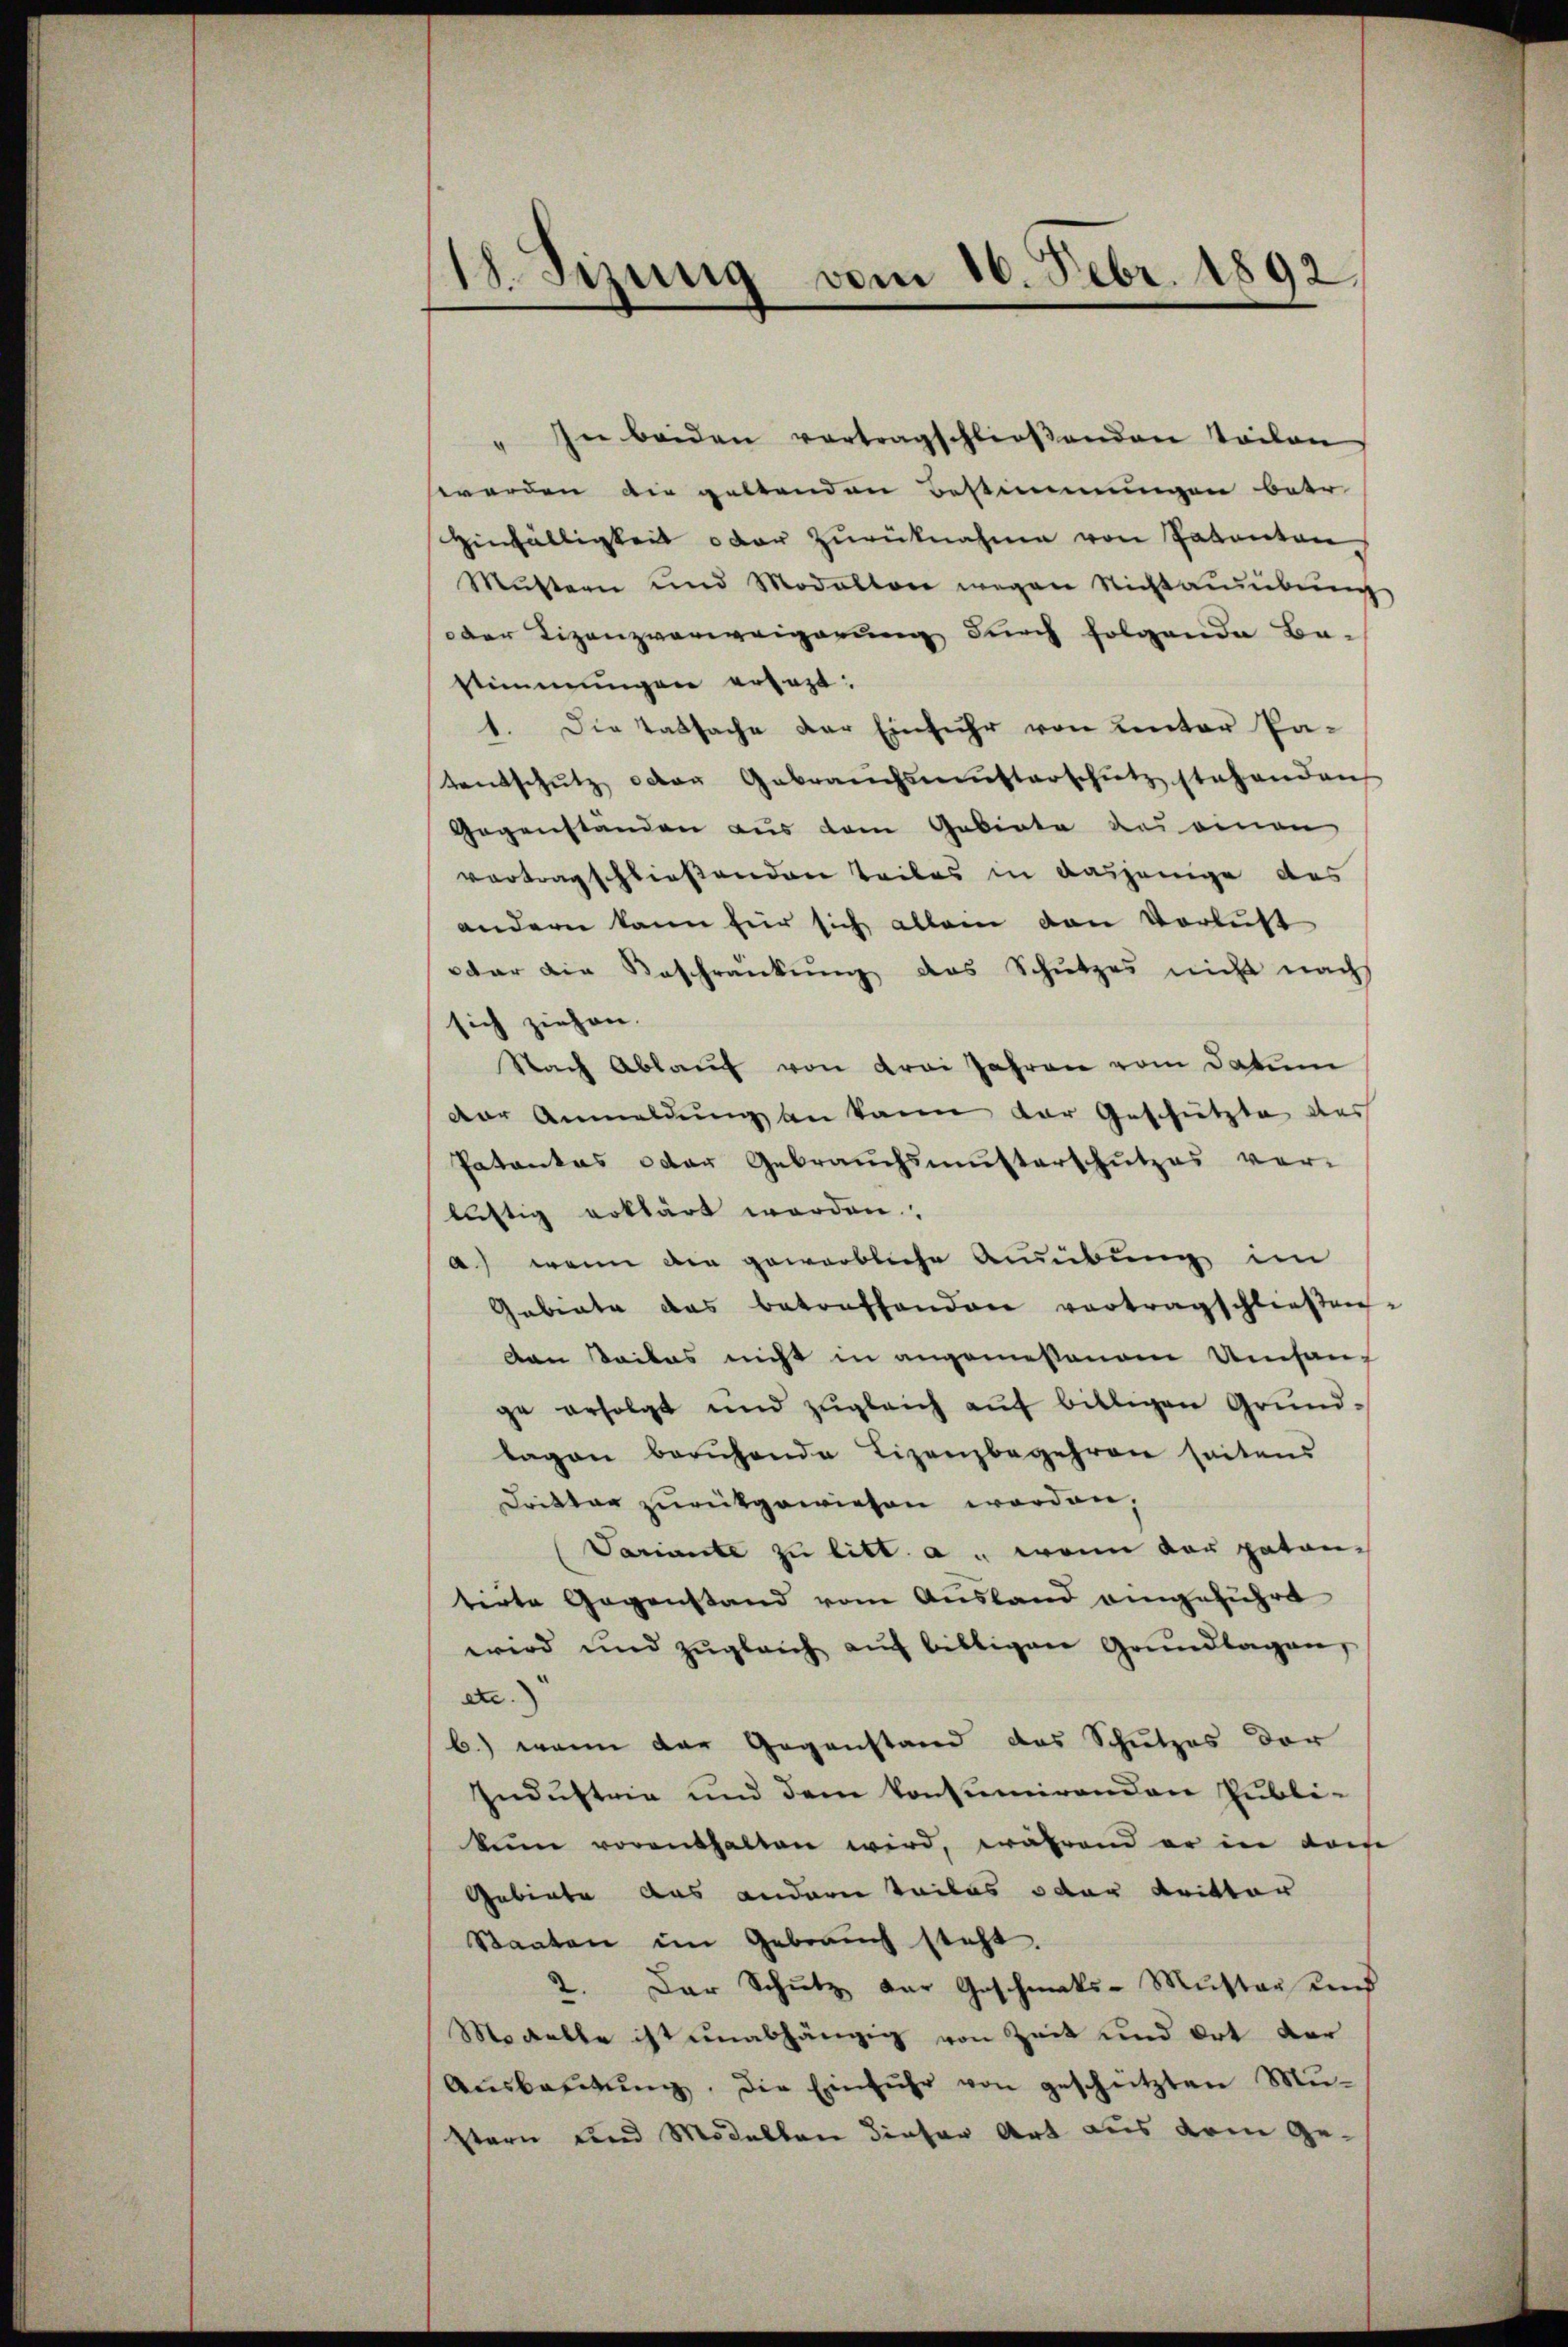
18. Sizung vom 16. Febr. 1892.

In beiden vortragschließenden Teilen
.
worden die geltenden Bestimmungen betr
Einfälligkeit oder Zurücknahme von Pakanton
Mustern und Modalten wegen Nichtaŭsübŭng
der Lizenzverweigerung durch folgende Ba-
stimmungen ersezt:
1. Die Tatsache der Einfuhr von Lector Patentschutz oder Gebrauchsmutterschütz stehenden
Gegenstanden aus dem Gebiete des einen
vortragschließenden Teiles in dasjenige des
andern kann für sich allein den Verlust
dar die Beschränkung des Schutzes nicht nachs
sich ziehen.
Nach Ablauf von drei Jahren vom Datum
Der Anmeldung an kann der Geschützte des
Patentes oder Gebrauchsmusterschutzes ver-
lättig erklärt werden.
a) wenn die gewerbliche Ausübung im
Gebiete das betreffenden vortragschließen.
den Saites nicht in angemessenem Umfange erfolgt und zŭgleich aŭf billigen Grund-
lagen beruhende Lizenzbegehren seitens
Dritter zurückgewiesen worden,
Sariante zu litt. a. wenn vor paten-
tirte Gegenstand vom Ausland angeführt
wird und zŭgleich aŭf billigen Grŭndlagen,
de.
b.) wenn der Gegenstand das Schutzes der
Industrie und dem konsumirenden Publi-
kum vorenthalten wird, während er in dam
Gebiete das andern teiles oder Kritter
Staaten im Gebrauch steht.
2. Der Schutz der Geschmaks-Muster und
Modelle ist unabhängig von Zeit und Ort der
Aŭsbaŭŭng. Die Einführ von geschützten Mŭ-
stern und Modellan dieser Art aus dem Ge¬